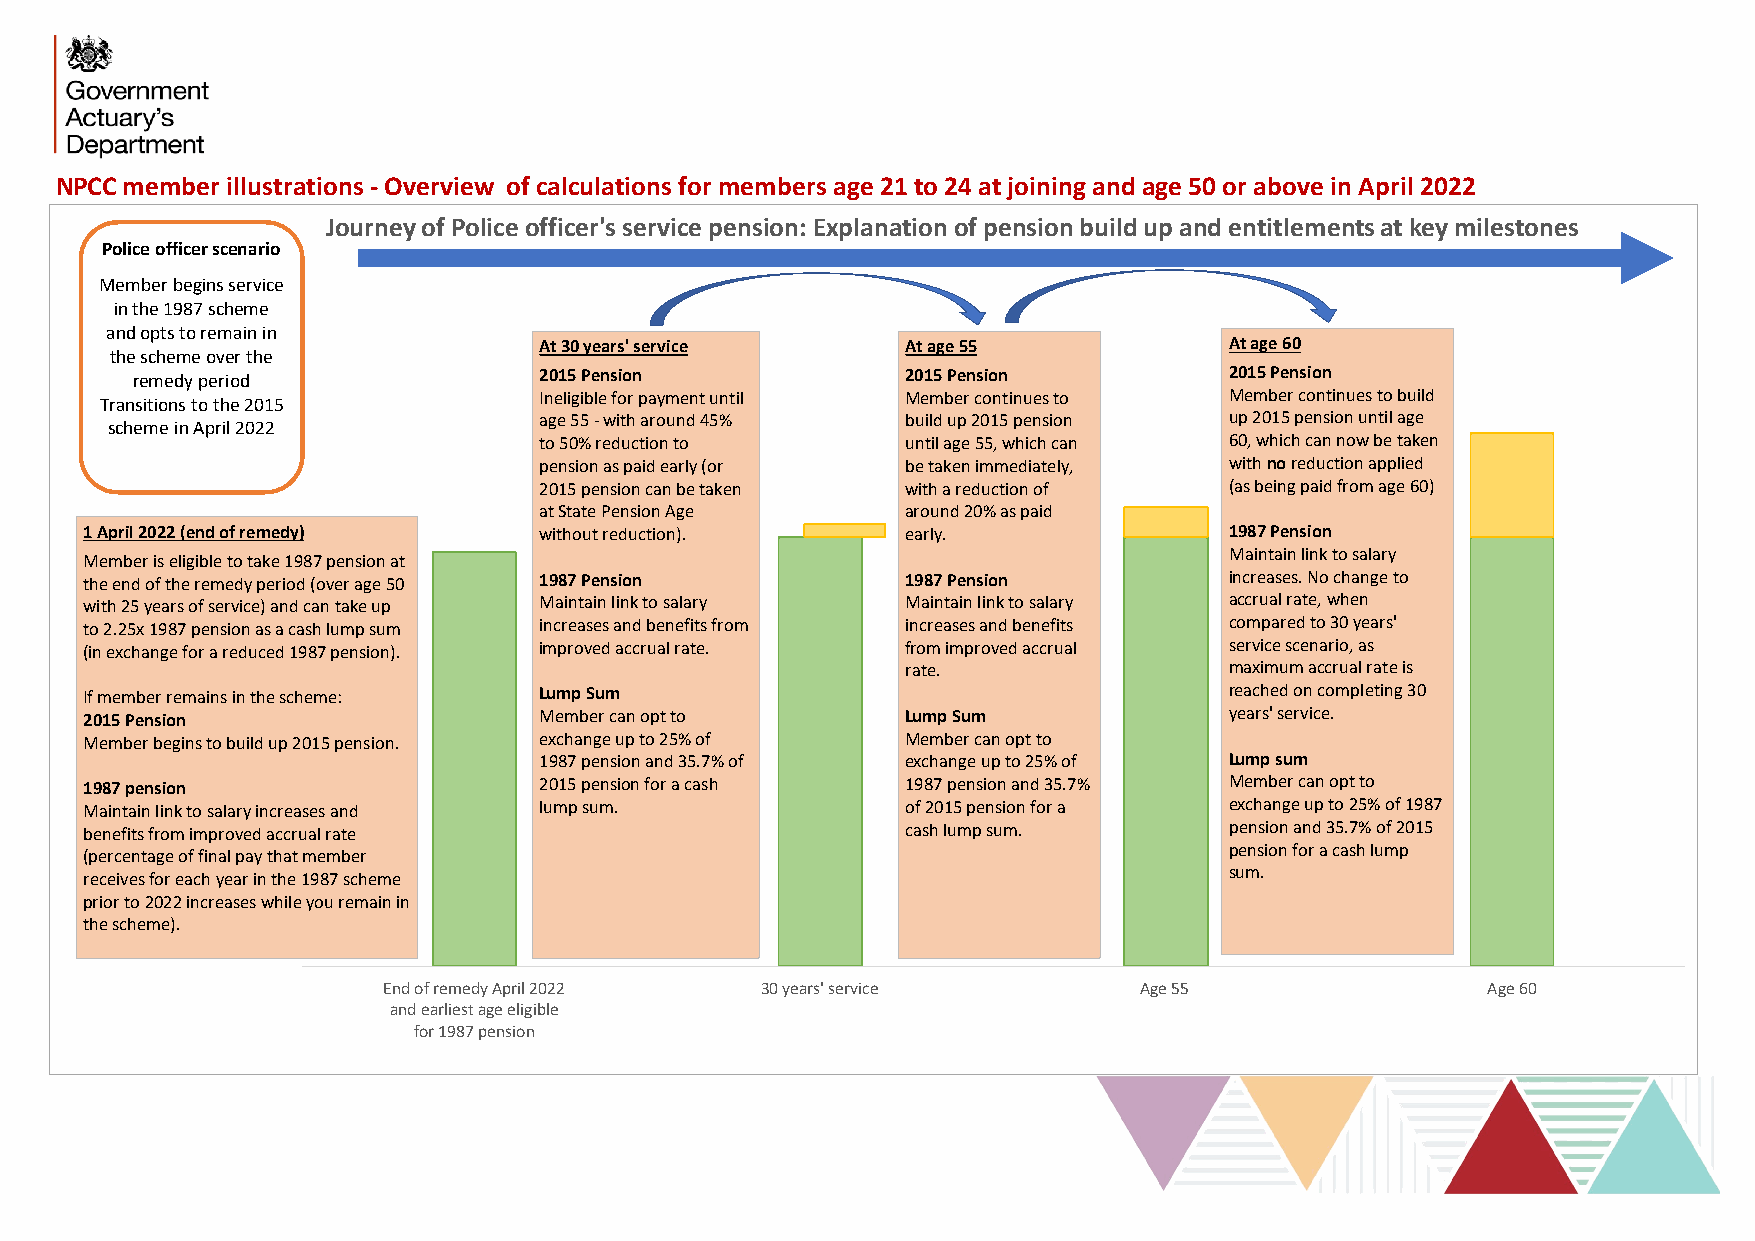
NPCC member illustrations - Overview of calculations for members age 21 to 24 at joining and age 50 or above in April 2022
 Journey of Police officer's service pension: Explanation of pension build up and entitlements at key milestones
 Police officer scenario
 Member begins service
 in the 1987 scheme
 and opts to remain in
 At 30 years' service    At age 55            At age 60
 the scheme over the
 remedy period              2015 Pension            2015 Pension         2015 Pension
 Ineligible for payment until Member continues to Member continues to build
 Transitions to the 2015
 age 55 -with around 45% build up 2015 pension up 2015 pension until age
 scheme in April 2022
 to 50% reduction to     until age 55, which can 60, which can now be taken
 pension as paid early (or be taken immediately, with noreduction applied
 2015 pension can be taken with a reduction of (as being paid from age 60)
 at State Pension Age    around 20% as paid
 1 April 2022 (end of remedy)  without reduction).     early.               1987 Pension
 Maintain link to salary
 Member is eligible to take 1987 pension at
 the end of the remedy period (over age 50 1987 Pension 1987 Pension        increases. No change to
 with 25 years of service) and can take up Maintain link to salary Maintain link to salary accrual rate, when
 to 2.25x 1987 pension as a cash lump sum increases and benefits from increases and benefits compared to 30 years'
 (in exchange for a reduced 1987 pension). improved accrual rate. from improved accrual service scenario, as
 rate.                maximum accrual rate is
 If member remains in the scheme: Lump Sum                                  reached on completing 30
 2015 Pension                  Member can opt to       Lump Sum             years' service.
 Member begins to build up 2015 pension. exchange up to 25% of Member can opt to
 1987 pension and 35.7% of exchange up to 25% of Lump sum
 1987 pension                  2015 pension for a cash 1987 pension and 35.7% Member can opt to
 Maintain link to salary increases and lump sum.       of 2015 pension for a exchange up to 25% of 1987
 benefits from improved accrual rate                   cash lump sum.       pension and 35.7% of 2015
 pension for a cash lump
 (percentage of final pay that member
 sum.
 receives for each year in the 1987 scheme
 prior to 2022 increases while you remain in
 the scheme).
 End of remedy April 2022 30 years' service        Age 55                 Age 60
 and earliest age eligible
 for 1987 pension